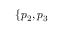
\{ p _ { 2 } , p _ { 3 }